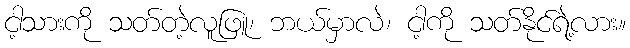
ငါ့သားကို သတ်တဲ့လူဖြူ၊ ဘယ်မှာလဲ၊ ငါ့ကို သတ်နိုင်ရဲ့လား။